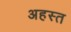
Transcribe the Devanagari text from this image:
अहस्त